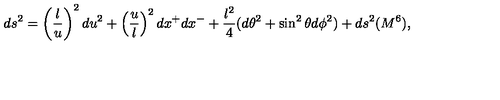
d s ^ { 2 } = \left( \frac { l } { u } \right) ^ { 2 } d u ^ { 2 } + \left( \frac { u } { l } \right) ^ { 2 } d x ^ { + } d x ^ { - } + \frac { l ^ { 2 } } { 4 } ( d \theta ^ { 2 } + \sin ^ { 2 } \theta d \phi ^ { 2 } ) + d s ^ { 2 } ( M ^ { 6 } ) ,